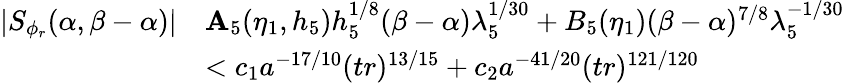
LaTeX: \begin{array}{rl}{|S_{\phi_{r}}(\alpha,\beta-\alpha)|}&{\le A_{5}(\eta_{1},h_{5})h_{5}^{1/8}(\beta-\alpha)\lambda_{5}^{1/30}+B_{5}(\eta_{1})(\beta-\alpha)^{7/8}\lambda_{5}^{-1/30}}\\ &{<c_{1}a^{-17/10}(tr)^{13/15}+c_{2}a^{-41/20}(tr)^{121/120}}\end{array}